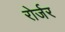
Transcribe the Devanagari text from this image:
रोर्जर